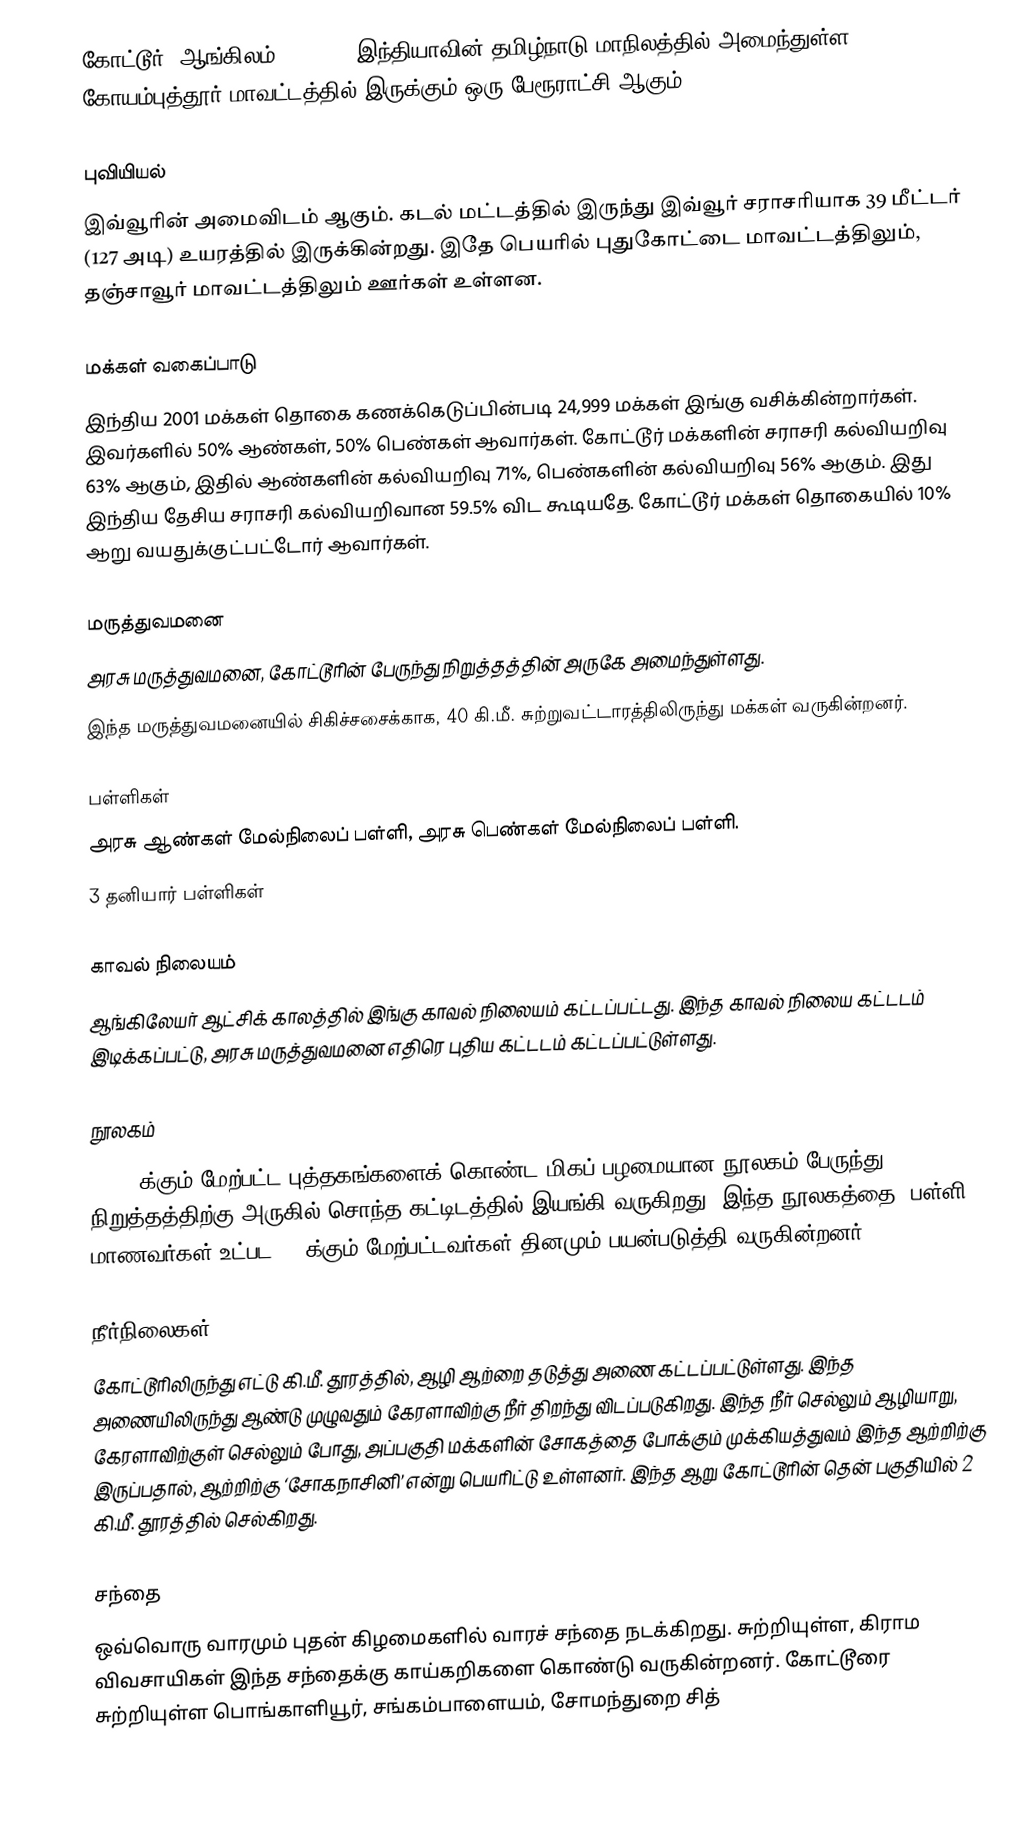
கோட்டூர் (ஆங்கிலம்:Kottur), இந்தியாவின் தமிழ்நாடு மாநிலத்தில் அமைந்துள்ள கோயம்புத்தூர் மாவட்டத்தில் இருக்கும் ஒரு பேரூராட்சி ஆகும்.

புவியியல்
இவ்வூரின் அமைவிடம்  ஆகும். கடல் மட்டத்தில் இருந்து இவ்வூர் சராசரியாக 39 மீட்டர் (127 அடி) உயரத்தில் இருக்கின்றது. இதே பெயரில் புதுகோட்டை மாவட்டத்திலும், தஞ்சாவூர் மாவட்டத்திலும் ஊர்கள் உள்ளன.

மக்கள் வகைப்பாடு
இந்திய 2001 மக்கள் தொகை கணக்கெடுப்பின்படி 24,999 மக்கள் இங்கு வசிக்கின்றார்கள். இவர்களில் 50% ஆண்கள், 50% பெண்கள் ஆவார்கள். கோட்டூர் மக்களின் சராசரி கல்வியறிவு 63% ஆகும்,  இதில் ஆண்களின் கல்வியறிவு 71%,  பெண்களின் கல்வியறிவு 56% ஆகும். இது இந்திய தேசிய சராசரி கல்வியறிவான 59.5% விட கூடியதே. கோட்டூர் மக்கள் தொகையில் 10%  ஆறு வயதுக்குட்பட்டோர் ஆவார்கள்.

மருத்துவமனை
அரசு மருத்துவமனை, கோட்டூரின் பேருந்து நிறுத்தத்தின் அருகே அமைந்துள்ளது.
இந்த மருத்துவமனையில் சிகிச்சசைக்காக, 40 கி.மீ. சுற்றுவட்டாரத்திலிருந்து மக்கள் வருகின்றனர்.

பள்ளிகள்
அரசு ஆண்கள் மேல்நிலைப் பள்ளி, அரசு பெண்கள் மேல்நிலைப் பள்ளி.
3 தனியார் பள்ளிகள்

காவல் நிலையம்
ஆங்கிலேயர் ஆட்சிக் காலத்தில் இங்கு காவல் நிலையம் கட்டப்பட்டது. இந்த காவல் நிலைய கட்டடம் இடிக்கப்பட்டு, அரசு மருத்துவமனை எதிரெ புதிய கட்டடம் கட்டப்பட்டுள்ளது.

நூலகம்
50,000க்கும் மேற்பட்ட புத்தகங்களைக் கொண்ட மிகப் பழமையான நூலகம் பேருந்து நிறுத்தத்திற்கு அருகில் சொந்த கட்டிடத்தில் இயங்கி வருகிறது. இந்த நூலகத்தை, பள்ளி மாணவர்கள் உட்பட 200க்கும்  மேற்பட்டவர்கள் தினமும் பயன்படுத்தி வருகின்றனர்.

நீர்நிலைகள்
கோட்டூரிலிருந்து எட்டு கி.மீ. தூரத்தில், ஆழி ஆற்றை தடுத்து அணை கட்டப்பட்டுள்ளது. இந்த அணையிலிருந்து ஆண்டு முழுவதும் கேரளாவிற்கு நீர் திறந்து விடப்படுகிறது. இந்த நீர் செல்லும் ஆழியாறு, கேரளாவிற்குள் செல்லும் போது, அப்பகுதி மக்களின் சோகத்தை போக்கும் முக்கியத்துவம் இந்த ஆற்றிற்கு இருப்பதால், ஆற்றிற்கு ‘சோகநாசினி’ என்று பெயரிட்டு உள்ளனர். இந்த ஆறு கோட்டூரின் தென் பகுதியில் 2 கி.மீ. தூரத்தில் செல்கிறது.

சந்தை
ஒவ்வொரு வாரமும் புதன் கிழமைகளில் வாரச் சந்தை நடக்கிறது. சுற்றியுள்ள, கிராம விவசாயிகள் இந்த சந்தைக்கு காய்கறிகளை கொண்டு வருகின்றனர். கோட்டூரை சுற்றியுள்ள பொங்காளியூர், சங்கம்பாளையம், சோமந்துறை சித்